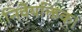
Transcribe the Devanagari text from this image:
निर्वैयक्तिक।